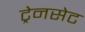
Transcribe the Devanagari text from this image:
ट्रेनसेट